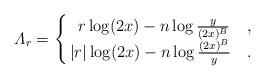
LaTeX: \begin{align*}\varLambda_r =\begin{cases}\,\ \, r \log (2x)-n \log{ \frac{y}{(2x)^B}} & ,\\\,|r| \log (2x)-n \log{ \frac{(2x)^B}{y}} & .\end{cases}\end{align*}